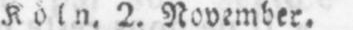
Köln, 2. November.